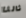
ثالثا